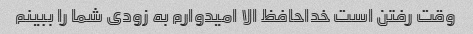
وقت رفتن است خداحافظ الا امیدوارم به زودی شما را ببینم